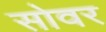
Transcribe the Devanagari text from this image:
सोवर